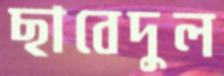
ছাবেদুল